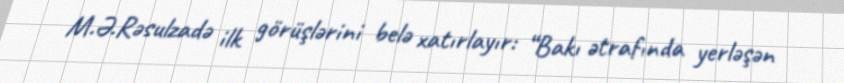
M.Ə.Rəsulzadə ilk görüşlərini belə xatırlayır: “Bakı ətrafında yerləşən